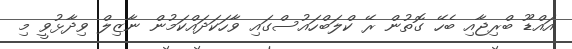
އައްޑޫ ބްރިޖާއި ބެހޭ ގޮތުން ރޭ ކްލަބްހައުސްގައި ވާހަކަދައްކަމުން ނާޒިލް ވިދާޅުވީ މި